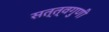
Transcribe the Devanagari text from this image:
सत्त्वगुणी